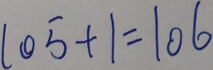
1 0 5 + 1 = 1 0 6